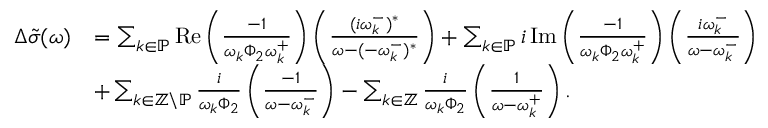
\begin{array} { r l } { \Delta \tilde { \sigma } ( \omega ) } & { = \sum _ { k \in \mathbb { P } } \operatorname { R e } \left( \frac { - 1 } { \omega _ { k } \Phi _ { 2 } \omega _ { k } ^ { + } } \right) \left( \frac { ( i \omega _ { k } ^ { - } ) ^ { * } } { \omega - ( - \omega _ { k } ^ { - } ) ^ { * } } \right) + \sum _ { k \in \mathbb { P } } i \operatorname { I m } \left( \frac { - 1 } { \omega _ { k } \Phi _ { 2 } \omega _ { k } ^ { + } } \right) \left( \frac { i \omega _ { k } ^ { - } } { \omega - \omega _ { k } ^ { - } } \right) } \\ & { + \sum _ { k \in \mathbb { Z } \backslash \mathbb { P } } \frac { i } { \omega _ { k } \Phi _ { 2 } } \left( \frac { - 1 } { \omega - \omega _ { k } ^ { - } } \right) - \sum _ { k \in \mathbb { Z } } \frac { i } { \omega _ { k } \Phi _ { 2 } } \left( \frac { 1 } { \omega - \omega _ { k } ^ { + } } \right) . } \end{array}